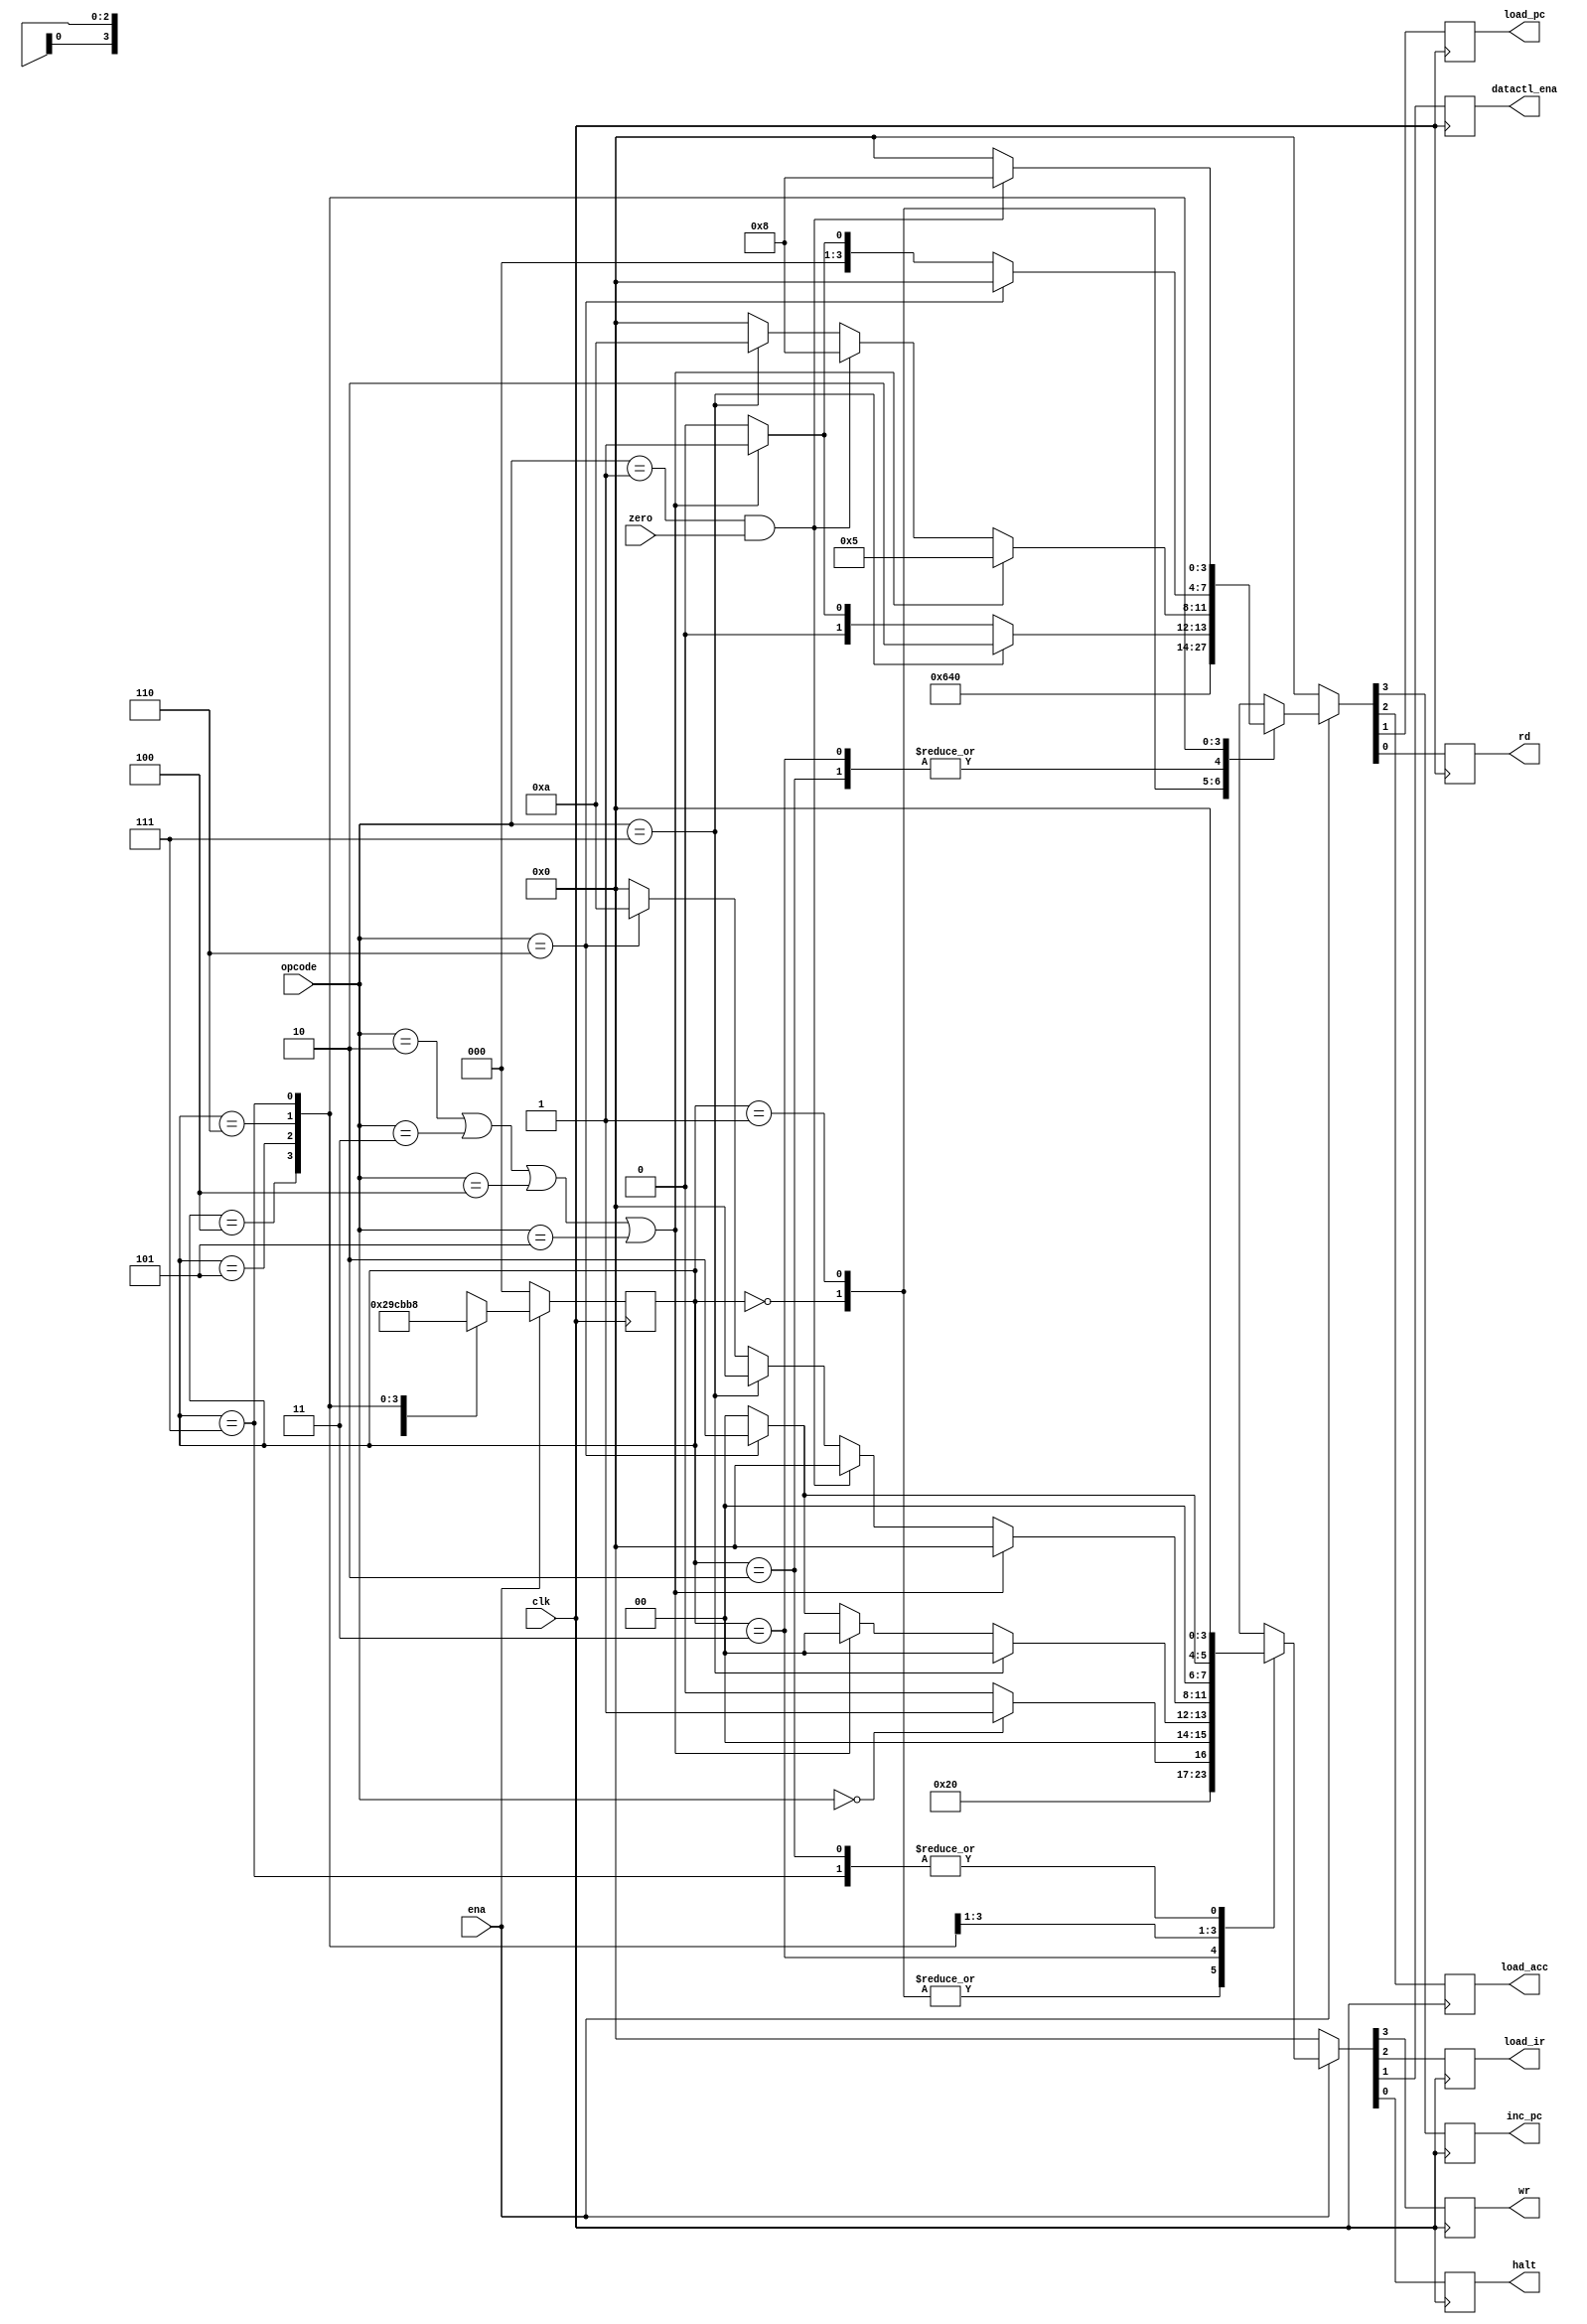
/*-----------------------------------------------\
 
The main state machine is the control core of the CPU and is used to generate a series of control signals.
The instruction cycle consists of 8 clock cycles, each of which accomplishes a fixed operation.

(1) On the 0th clock, the outputs of the CPU state controller, rd and load_ir, 
are high and the rest are low. The instruction register registers the 
high 8-bit instruction code sent from the ROM.

(2) The first clock, compared with the previous clock, 
only inc_pc is changed from 0 to 1, so PC is incremented by 1. 
The ROM sends the low 8-bit instruction code, and the instruction 
register registers the 8-bit instruction code.

(3) 2nd clock, null operation.

(4) 3rd clock, PC increments by 1, pointing to the next instruction.
If the operator is HLT, the output signal HLT is high.
Operator is not HLT, control line output is 0 except PC incremented by 1.

(5) 4th clock, operation.
Operator is AND, ADD, XOR or LDA, read the data of the corresponding address;
Operator is JMP, send the destination address to the program counter;
The operator is STO, which outputs the accumulator data.

(6) On the fifth clock, if the operator is ANDD, ADD or XORR, 
the arithmetic operator completes the corresponding calculation;
If the operator is LDA, the data is sent to the accumulator through the arithmetic operator;
The operator is SKZ, first determine whether the value of the accumulator is 0, 
if it is 0, PC add 1, otherwise keep the original value;
The operator is JMP, latches the destination address;
Operator is STO, write the data at the address.
(7) 6th clock, null operation.
(8) 7th clock, if operator is SKZ and accumulator is 0, PC value is added 1 again, skip one instruction, otherwise no change in PC.

\-----------------------------------------------*/

module machin (
	input clk,    // Clock
	input ena, // Clock Enable
	input zero,  // Asynchronous reset active low
	input [2:0] opcode,

	output reg inc_pc 	,
	output reg load_acc ,
	output reg load_pc  ,
	output reg rd 	    ,
	output reg wr	    ,
	output reg load_ir  ,
	output reg datactl_ena,
	output reg halt	    
);
	parameter HLT = 3'b000 ;
	parameter SKZ = 3'b001 ;
	parameter ADD = 3'b010 ;
	parameter ANDD = 3'b011 ;
	parameter XORR = 3'b100 ;
	parameter LDA = 3'b101 ;
	parameter STO = 3'b110 ;
	parameter JMP = 3'b111 ;

	reg [2 : 0] state ;

	always @(negedge clk) begin
		if (~ena) begin
			state <= 3'b000 ;
			{inc_pc, load_acc, load_pc, rd} <= 4'b0000;
			{wr, load_ir, datactl_ena, halt} <= 4'b0000;
		end else
			ctl_cycle;
	end

	task ctl_cycle;
		begin
			casex(state)
				3'b000: // load high 8 bits  instruction
					begin
						{inc_pc, load_acc, load_pc, rd} <= 4'b0001 ;
						{wr, load_ir, datactl_ena, halt} <= 4'b0100;
						state <= 3'b001 ;
					end
				3'b001: // pc increased by one then load low 8bits instruction
					begin
						{inc_pc, load_acc, load_pc, rd} <= 4'b1001 ;
						{wr, load_ir, datactl_ena, halt} <= 4'b0100;
						state <= 3'b010 ;
					end
				3'b010: // idle
					begin
						{inc_pc, load_acc, load_pc, rd} <= 4'b0000 ;
						{wr, load_ir, datactl_ena, halt} <= 4'b0000;
						state <= 3'b011 ;
					end
				3'b011: // next instruction address setup
					begin
						if (opcode == HLT) begin
							{inc_pc, load_acc, load_pc, rd} <= 4'b0000 ;
							{wr, load_ir, datactl_ena, halt} <= 4'b0001;
						end else begin
							{inc_pc, load_acc, load_pc, rd} <= 4'b0000 ;
							{wr, load_ir, datactl_ena, halt} <= 4'b0000;
						end
						state <= 3'b100 ;
					end
				3'b100: // fetch opcode
					begin
						if (opcode == JMP) begin
							{inc_pc, load_acc, load_pc, rd} <= 4'b0010 ;
							{wr, load_ir, datactl_ena, halt} <= 4'b0000;
						end 
						else if (opcode == ADD || opcode == ANDD || opcode == XORR || opcode == LDA) begin
							{inc_pc, load_acc, load_pc, rd} <= 4'b0001 ;
							{wr, load_ir, datactl_ena, halt} <= 4'b0000;
						end
						else if (opcode == STO) begin
							{inc_pc, load_acc, load_pc, rd} <= 4'b0000 ;
							{wr, load_ir, datactl_ena, halt} <= 4'b0010;
						end
						else begin
							{inc_pc, load_acc, load_pc, rd} <= 4'b0000 ;
							{wr, load_ir, datactl_ena, halt} <= 4'b0000;
						end
						state <= 3'b101 ;
					end
				3'b101: // operation
					begin
						if (opcode == ADD || opcode == ANDD || opcode == XORR || opcode == LDA) begin
							{inc_pc, load_acc, load_pc, rd} <= 4'b0101 ;
							{wr, load_ir, datactl_ena, halt} <= 4'b0000;
						end
						else if (opcode == SKZ && zero == 1) begin
							{inc_pc, load_acc, load_pc, rd} <= 4'b1000 ;
							{wr, load_ir, datactl_ena, halt} <= 4'b0000;
						end
						else if (opcode == JMP) begin
							{inc_pc, load_acc, load_pc, rd} <= 4'b1010 ;
							{wr, load_ir, datactl_ena, halt} <= 4'b0000;
						end
						else if (opcode == STO) begin
							{inc_pc, load_acc, load_pc, rd} <= 4'b0000 ;
							{wr, load_ir, datactl_ena, halt} <= 4'b1010;
						end
						else begin
							{inc_pc, load_acc, load_pc, rd} <= 4'b0000 ;
							{wr, load_ir, datactl_ena, halt} <= 4'b0000;
						end
						state <= 3'b110 ;
					end
				3'b110 : 
					begin
						if (opcode == STO) begin
							{inc_pc, load_acc, load_pc, rd} <= 4'b0000 ;
							{wr, load_ir, datactl_ena, halt} <= 4'b0010;
						end else if (opcode == ADD || opcode == ANDD || opcode == XORR || opcode == LDA) begin
							{inc_pc, load_acc, load_pc, rd} <= 4'b0001 ;
							{wr, load_ir, datactl_ena, halt} <= 4'b0000;
						end else begin
							{inc_pc, load_acc, load_pc, rd} <= 4'b0000 ;
							{wr, load_ir, datactl_ena, halt} <= 4'b0000;
						end
						state <= 3'b111 ;
					end 
				3'b111 : 
					begin
						if (opcode == SKZ && zero == 1) begin
							{inc_pc, load_acc, load_pc, rd} <= 4'b1000 ;
							{wr, load_ir, datactl_ena, halt} <= 4'b0000;
						end else begin
							{inc_pc, load_acc, load_pc, rd} <= 4'b0000 ;
							{wr, load_ir, datactl_ena, halt} <= 4'b0000;
						end
						state <= 3'b000 ;
					end
				default: 
					begin
						{inc_pc, load_acc, load_pc, rd} <= 4'b0000 ;
						{wr, load_ir, datactl_ena, halt} <= 4'b0000;
						state <= 3'b000 ;
					end

			endcase

		end	
	endtask
	

endmodule